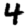
Digit: 4